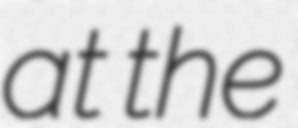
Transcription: at the